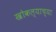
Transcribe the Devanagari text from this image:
खोकल्याच्या